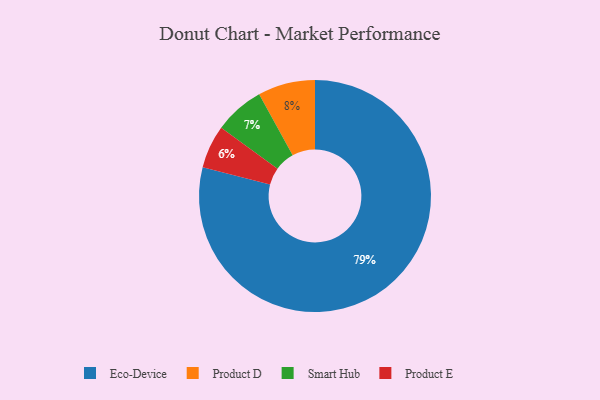
{"axis": {"x": "Category", "y": "Percentage"}, "legend": ["Eco-Device", "Product D", "Product E", "Smart Hub"], "data": [{"x": "Product D", "y": 8, "type": "Product D"}, {"x": "Smart Hub", "y": 7, "type": "Smart Hub"}, {"x": "Product E", "y": 6, "type": "Product E"}, {"x": "Eco-Device", "y": 79, "type": "Eco-Device"}]}